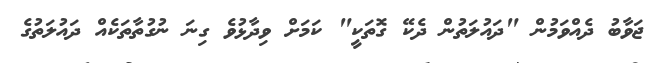
ޖަވާބު ދެއްވަމުން "ދައުލަތުން ދެކޭ ގޮތަކީ" ކަމަށް ވިދާޅުވެ ގިނަ ނުގުތާތަކެއް ދައުލަތުގެ